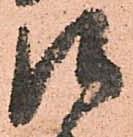
口